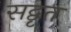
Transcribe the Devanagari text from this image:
सद्वृत